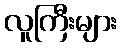
လူကြီးများ